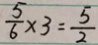
\frac { 5 } { 6 } \times 3 = \frac { 5 } { 2 }